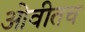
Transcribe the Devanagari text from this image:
ओवीतच